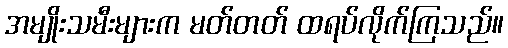
အမျိုးသမီးများက မတ်တတ် ထရပ်လိုက်ကြသည်။